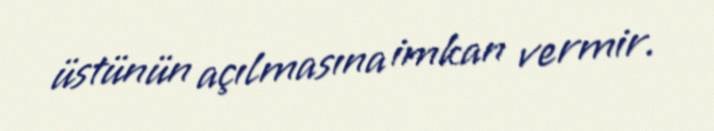
üstünün açılmasına imkan vermir.